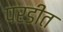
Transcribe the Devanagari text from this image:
परडीत